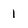
Character: 1